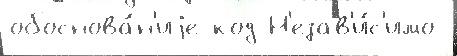
обоснова́н'иjе код Н'езав'и́с'имо